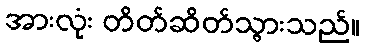
အားလုံး တိတ်ဆိတ်သွားသည်။